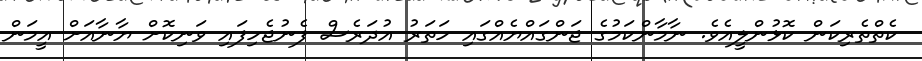
ކެތްތެރިކަން ކޮޅުންލީއެވެ. ނާމާންކަމުގެ ޖަންގައްޔެއްގައި ހަތަރު އުދަރެސް ފެނުޖެހިފައި ވަނިކޮށް ޔާނާއަށް އީމަން